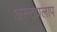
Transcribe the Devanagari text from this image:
असतप्रलाप